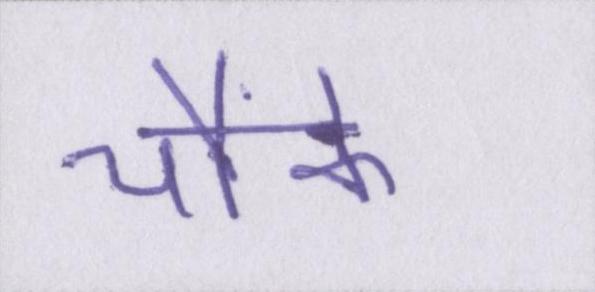
चौंके